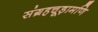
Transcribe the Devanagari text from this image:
संग्रहचूड़ामणि